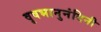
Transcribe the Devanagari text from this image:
वृषभानुनंदिनी